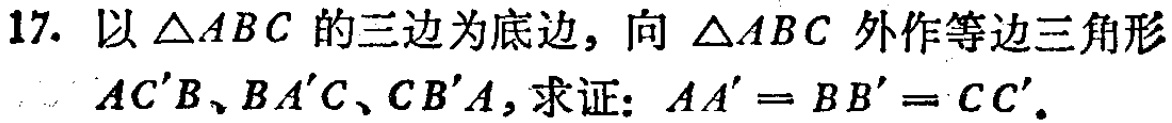
17. 以\(\triangle ABC\)的三边为底边，向\(\triangle ABC\)外作等边三角形\(AC'B\)、\(BA'C\)、\(CB'A\)，求证：\(AA' = BB' = CC'\)。